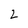
Character: 2